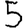
Digit: 5